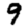
Digit: 9